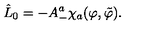
\hat { L } _ { 0 } = - A _ { - } ^ { a } \chi _ { a } ( \varphi , \tilde { \varphi } ) .